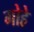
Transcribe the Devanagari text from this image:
गोहे